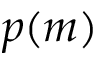
p ( m )